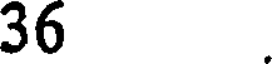
36